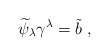
\begin{align*}{\widetilde \psi}_{\lambda}\gamma^{\lambda}={\tilde b} \; ,\end{align*}